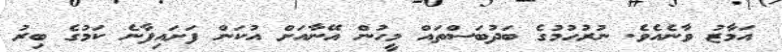
އަމާޒު ވާނެއެވެ. ނުރުހުމުގެ ބަދުބަސްތައް މީހުން އޭނާއަށް އުކަން ފަށައިފާނެ ކަމުގެ ބިރު